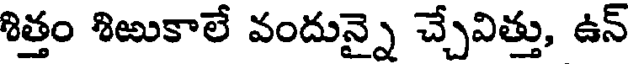
శిత్తం శిఱుకాలే వందున్నై చ్చేవిత్తు, ఉన్